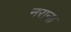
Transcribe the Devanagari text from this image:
नराना